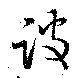
跛